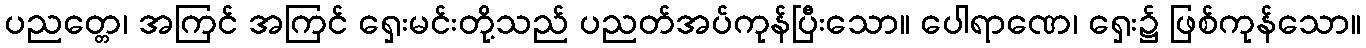
ပညတ္တေ၊ အကြင် အကြင် ရှေးမင်းတို့သည် ပညတ်အပ်ကုန်ပြီးသော။ ပေါရာဏေ၊ ရှေး၌ ဖြစ်ကုန်သော။